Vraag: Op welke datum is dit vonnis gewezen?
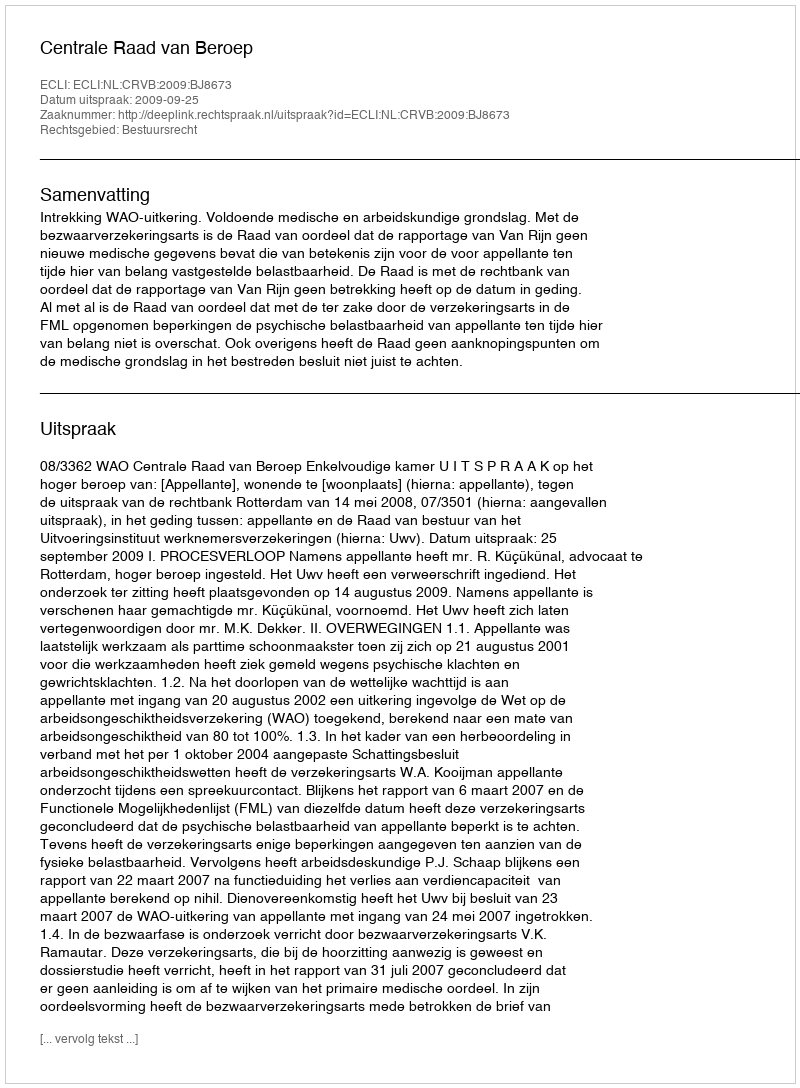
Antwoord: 2009-09-25